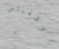
آوشفيتس